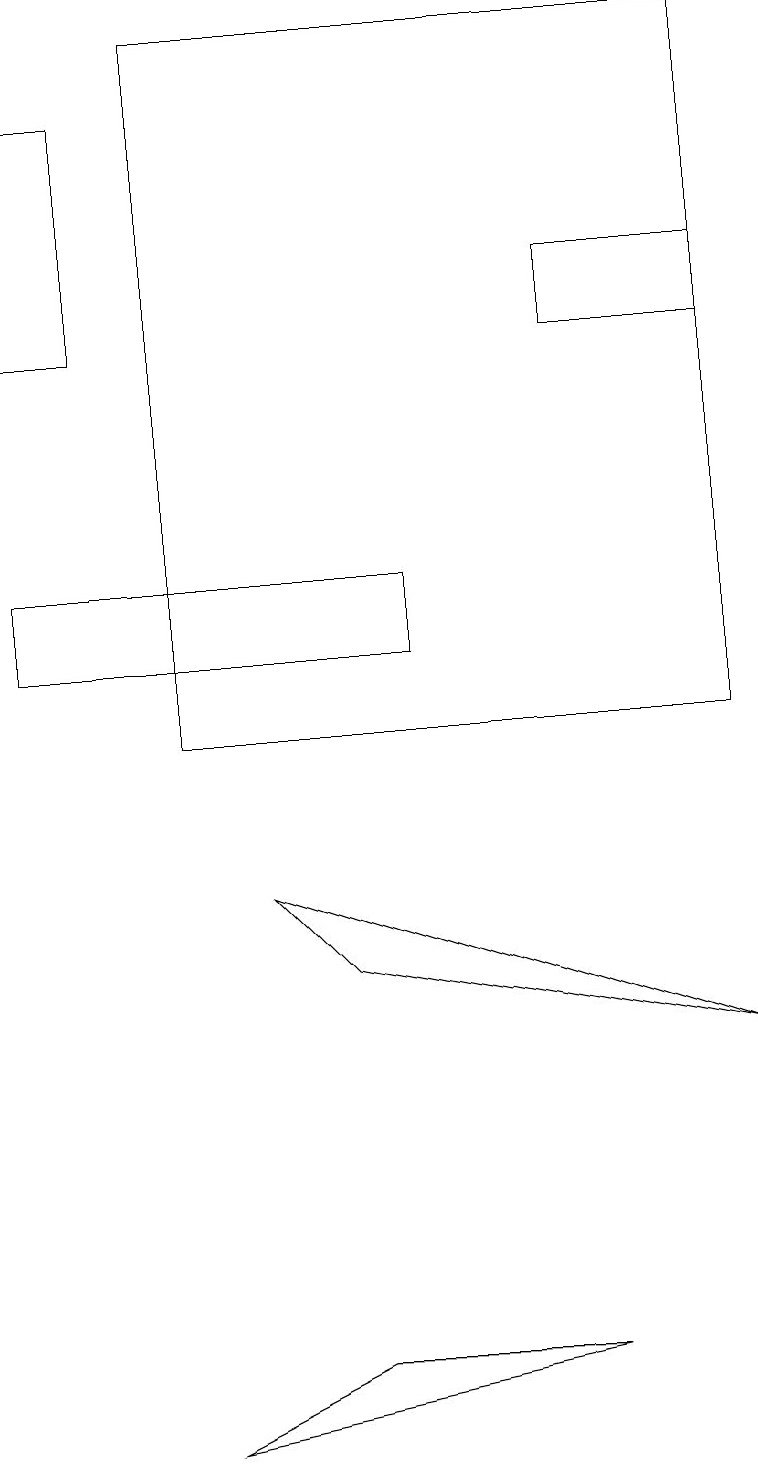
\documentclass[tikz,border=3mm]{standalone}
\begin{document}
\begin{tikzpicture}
\draw (1,18) rectangle (0,15);
\draw (7,2) -- (2,1) -- (4,2) -- cycle;
\draw (9,19) rectangle (2,10);
\draw (9,15) rectangle (7,16);
\draw (0,12) rectangle (5,11);
\draw (3,8) -- (4,7) -- (9,6) -- cycle;
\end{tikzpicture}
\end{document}